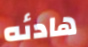
هادئه